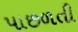
પાછળતી